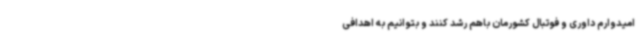
امیدوارم داوری و فوتبال کشورمان باهم رشد کنند و بتوانیم به اهدافی